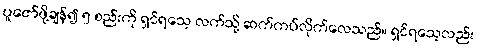
ပူဇော်ဖို့ချန်၍ ၅ စည်းကို ရှင်ရသေ့ လက်သို့ ဆက်ကပ်လိုက်လေသည်။ ရှင်ရသေ့လည်း